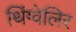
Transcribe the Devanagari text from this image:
थिंग्वेलिर